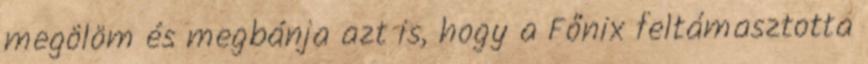
megölöm és megbánja azt is, hogy a Főnix feltámasztotta